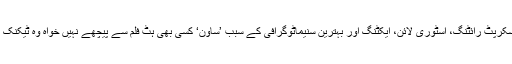
مضبوط ڈائریکشن، اسکرپٹ رائٹنگ، اسٹوری لائن، ایکٹنگ اور بہترین سنیماٹوگرافی کے سبب ’ساون‘ کسی بھی ہٹ فلم سے پیچھے نہیں خواہ وہ ٹیکنک ہو یا کوئی اور شعبہ۔